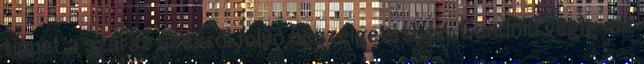
tippet a száraz szexről folyó beszélgetéshez: Gondold végig mit